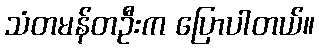
သံတမန်တဦးက ပြောပါတယ်။